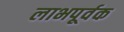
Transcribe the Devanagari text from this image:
लाभपूर्वक